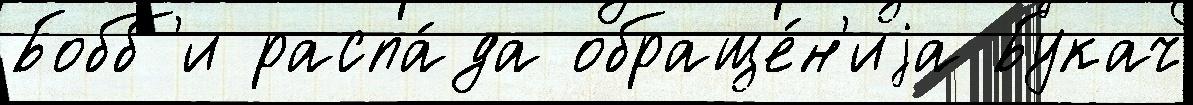
Бобб'и распа́да обраще́н'иjа Букач